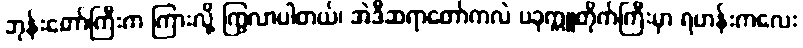
ဘုန်းတော်ကြီးက ကြားလို့ ကြွလာပါတယ်၊ အဲဒီဆရာတော်ကလဲ ပခုက္ကူတိုက်ကြီးမှာ ရဟန်းကလေး